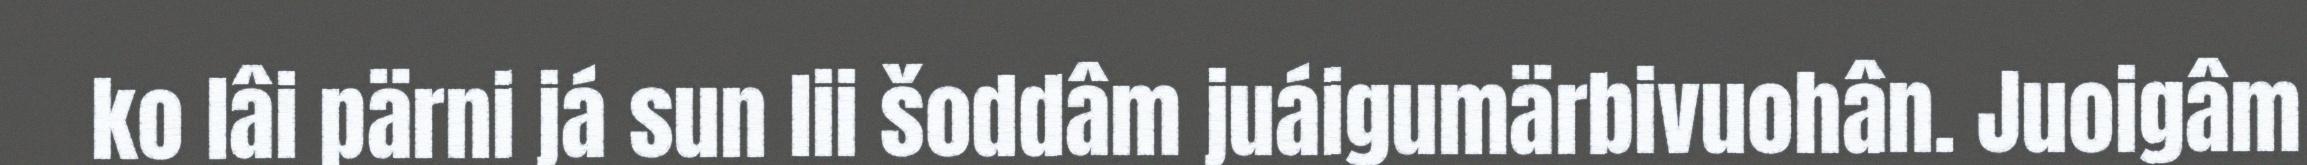
ko lâi pärni já sun lii šoddâm juáigumärbivuohân. Juoigâm